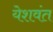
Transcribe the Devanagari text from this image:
येशवंत